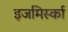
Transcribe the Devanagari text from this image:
इजमिर्स्का